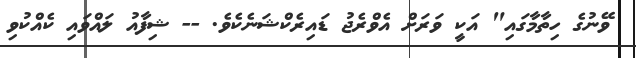
ވޭނުގެ ހިތާމާގައި" އަކީ ވަރަށް އެވްރެޖު ޑައިރެކްޝަނެކެވެ. -- ޝިފާއު ލައްވައި ކެއްކުވި